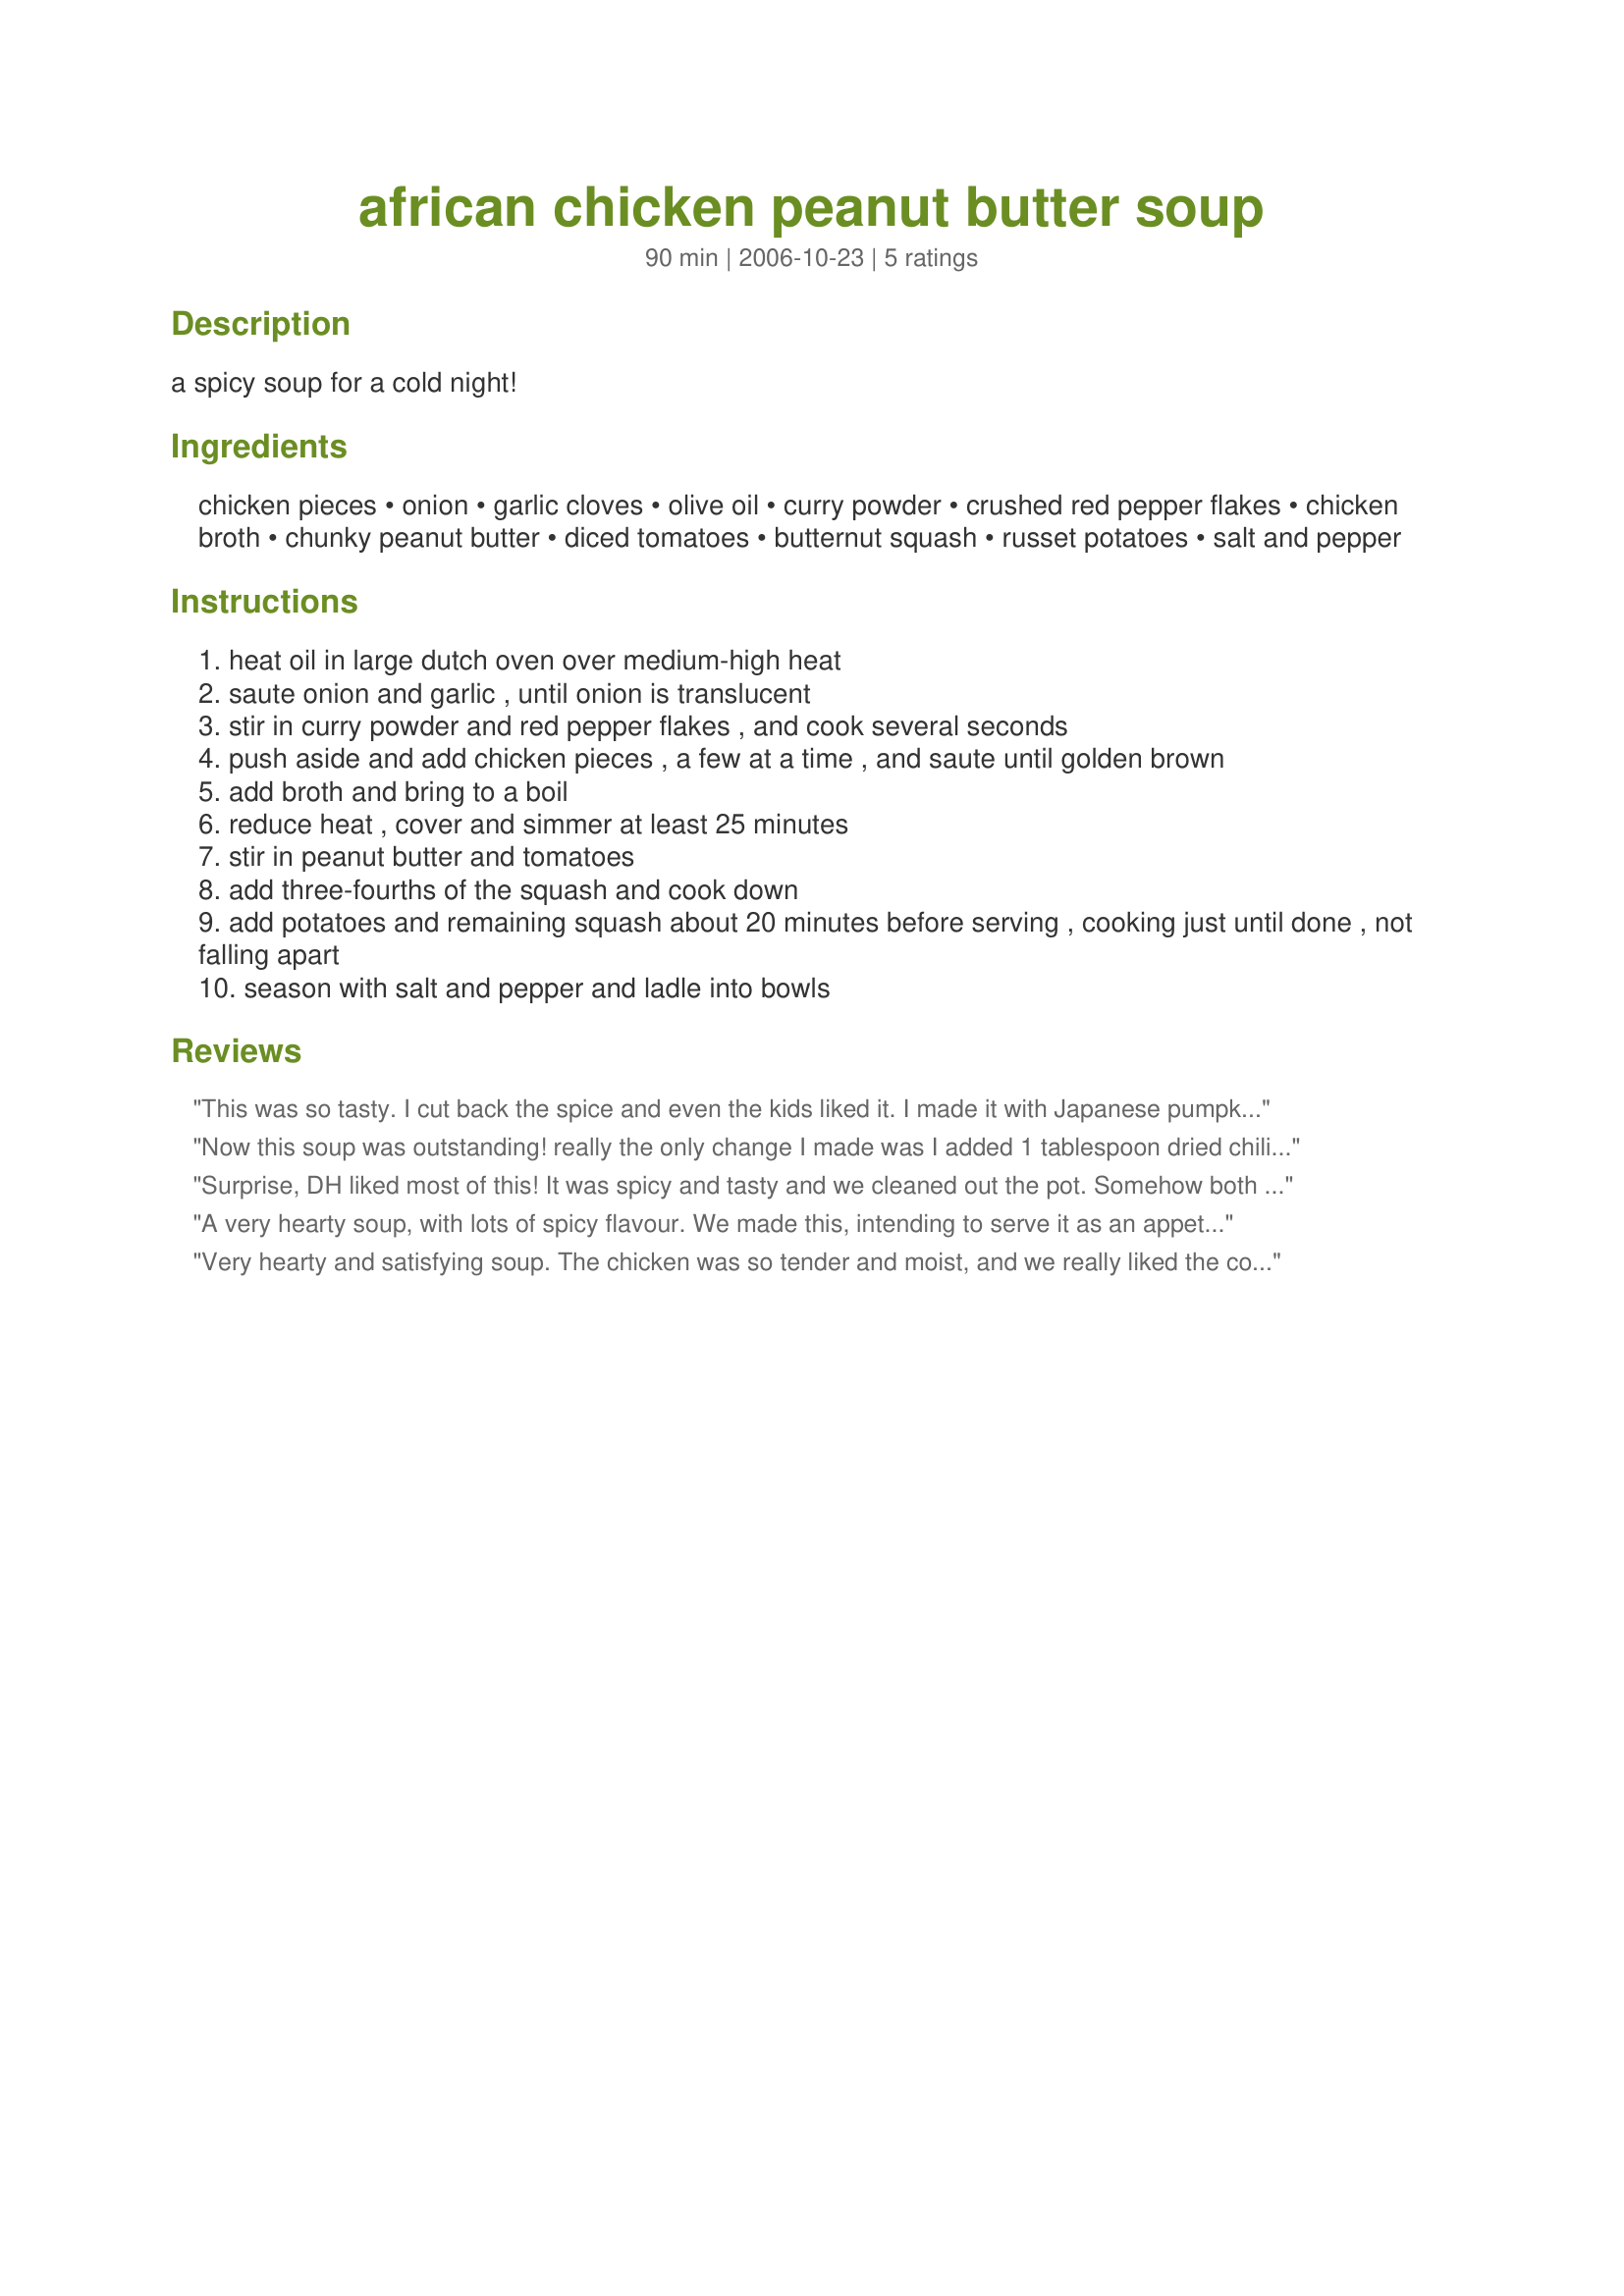
african chicken peanut butter soup
Preparation time: 90 minutes

a spicy soup for a cold night!

Ingredients:
chicken pieces, onion, garlic cloves, olive oil, curry powder, crushed red pepper flakes, chicken broth, chunky peanut butter, diced tomatoes, butternut squash, russet potatoes, salt and pepper

Steps:
heat oil in large dutch oven over medium-high heat
saute onion and garlic , until onion is translucent
stir in curry powder and red pepper flakes , and cook several seconds
push aside and add chicken pieces , a few at a time , and saute until golden brown
add broth and bring to a boil
reduce heat , cover and simmer at least 25 minutes
stir in peanut butter and tomatoes
add three-fourths of the squash and cook down
add potatoes and remaining squash about 20 minutes before serving , cooking just until done , not falling apart
season with salt and pepper and ladle into bowls

Reviews:
This was so tasty. I cut back the spice and even the kids liked it. I made it with Japanese pumpkin (kabocha) leaving the skin on and adding it early in the cooking process. It turned out great, like a stew. It would be good with fresh lemon juice and fresh cilantro if you like that. We served it over rice....so good. Lots of leftovers!
Now this soup was outstanding! really the only change I made was I added 1 tablespoon dried chili flakes (we like extreme heat!) I also increased the curry powder, the flavor of this soup could not have been any better, we loved this, thanks for sharing mikekey, I will make again soon!...Kitten:)
Surprise, DH liked most of this! It was spicy and tasty and we cleaned out the pot. Somehow both DH and I loved the soup part and liked the chicken less, for DH that was predictable but I'm a true chicken lover so was surprised.We were delighted though with the rest of the recipe, so I'm going to leave the chicken out next time and have fun making the rest of the soup. Please see my Rating System: 4 stars for a soup that has great flavour. Thanks !
A very hearty soup, with lots of spicy flavour. We made this, intending to serve it as an appetizer for a dinner party, then realised that if I served this, no one would have room for anything else! So DH and his friend had a small amount each and LOVED it, and Dh is having the rest for lunch this week, excellent during our winter and an exceptionally cold snap.

This really is a Winter Warmer... thanks Mikekey!
Very hearty and satisfying soup. The chicken was so tender and moist, and we really liked the consistency that the butternut gave the soup. I would like this with more spice, but for DH it was perfect as written. Yum! Thanks mikekey!
